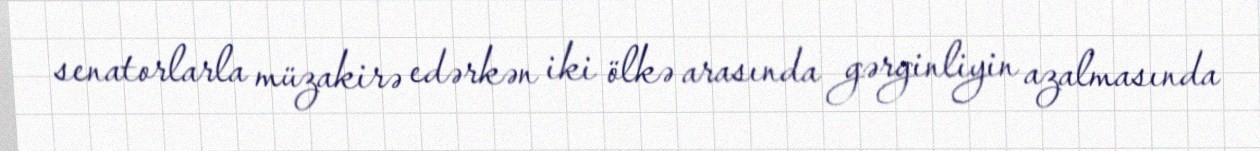
senatorlarla müzakirə edərkən iki ölkə arasında gərginliyin azalmasında